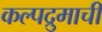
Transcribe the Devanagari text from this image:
कल्पद्रुमाचीं